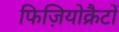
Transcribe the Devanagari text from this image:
फिज़ियोक्रैटों